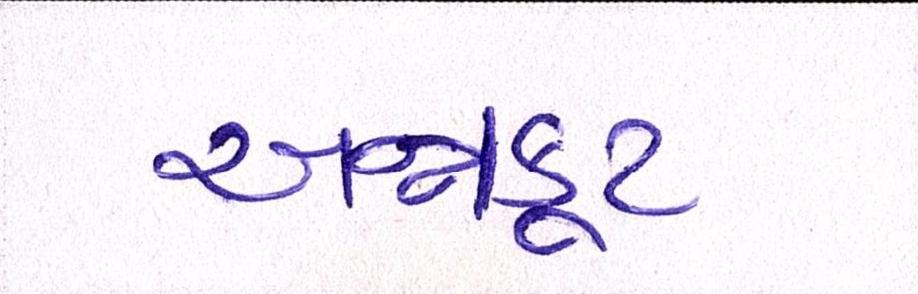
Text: અન્નકૂટ